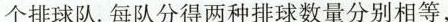
个排球队。每队分得两种排球数量分别相等，